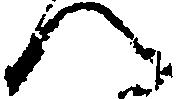
へ